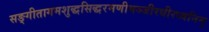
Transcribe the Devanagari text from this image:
सङ्गीतागमशुद्धसिद्धरमणीमञ्जीरधीरध्वनिम्